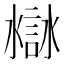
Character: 𧩁